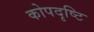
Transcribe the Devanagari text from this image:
कोपदृष्टि